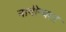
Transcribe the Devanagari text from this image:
नावीन्यता